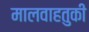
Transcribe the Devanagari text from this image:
मालवाहतुकी